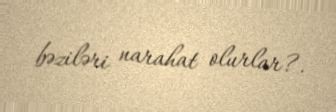
bəziləri narahat olurlar?.